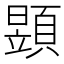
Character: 𩔐